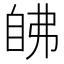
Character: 𰯵